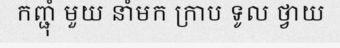
កញ្ជុំ មួយ នាំមក ក្រាប ទូល ថ្វាយ